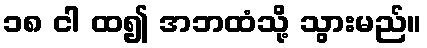
၁၈ ငါ ထ၍ အဘထံသို့ သွားမည်။